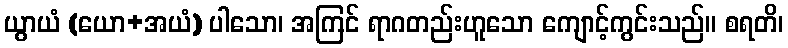
ယွာယံ (ယော+အယံ) ပါသော၊ အကြင် ရာဂတည်းဟူသော ကျောင့်ကွင်းသည်။ စရတိ၊